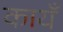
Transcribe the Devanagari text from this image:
कायँ